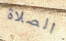
الصلاة